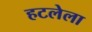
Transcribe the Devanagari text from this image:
हटलेला